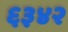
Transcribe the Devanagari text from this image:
६३४२